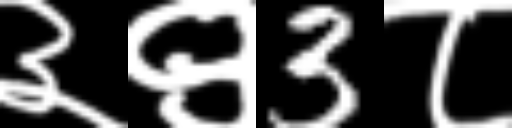
Text: ३९3८